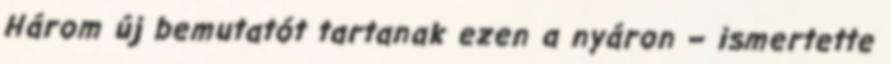
Három új bemutatót tartanak ezen a nyáron – ismertette